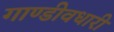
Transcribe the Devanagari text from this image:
गाण्डीवधारी